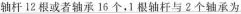
轴杆12根或者轴承16个，1根轴杆与2个轴承为